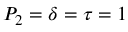
P _ { 2 } = \delta = \tau = 1